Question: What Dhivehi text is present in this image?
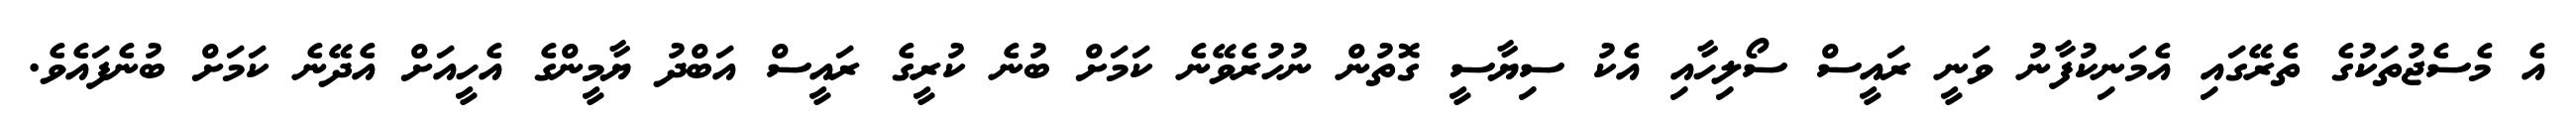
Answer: އެ މެސެޖުތަކުގެ ތެރޭގައި އެމަނިކުފާނު ވަނީ ރައީސް ސޯލިހާއި އެކު ސިޔާސީ ގޮތުން ނުހުރެވޭނެ ކަމަށް ބުނެ ކުރީގެ ރައީސް އަބްދު ޔާމީންގެ އެހީއަށް އެދޭނެ ކަމަށް ބުނެފައެވެ.